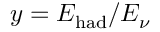
y = E _ { \mathrm { h a d } } / E _ { \nu }